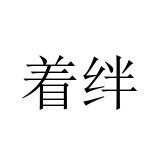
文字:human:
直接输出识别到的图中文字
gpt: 着绊